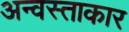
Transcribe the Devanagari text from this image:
अन्वस्ताकार